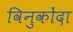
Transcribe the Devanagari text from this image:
विनुकोंदा